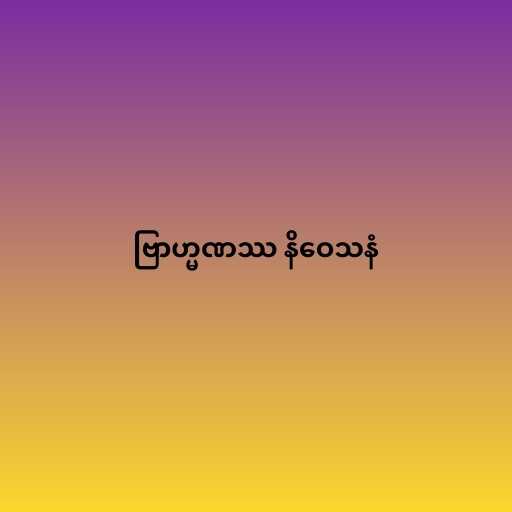
ဗြာဟ္မဏဿ နိဝေသနံ